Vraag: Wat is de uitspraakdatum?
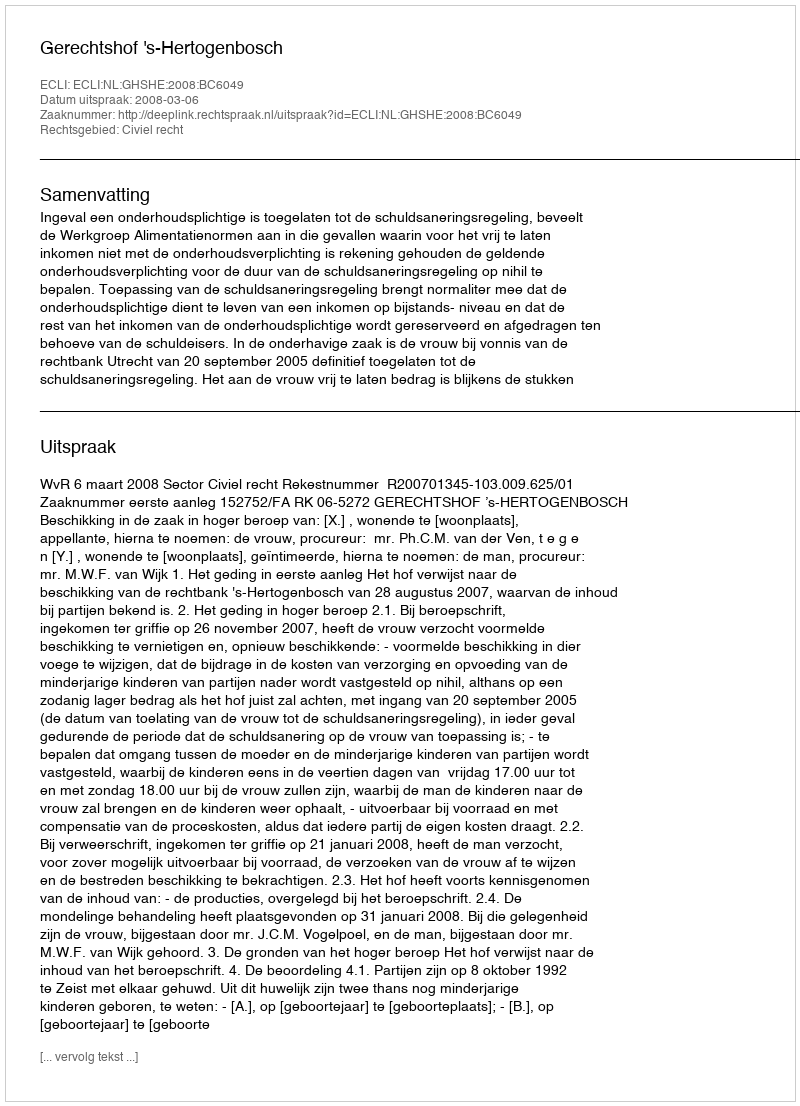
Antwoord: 2008-03-06